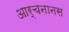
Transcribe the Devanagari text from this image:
आर्चनानस